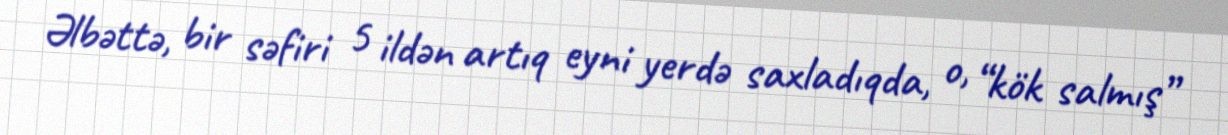
Əlbəttə, bir səfiri 5 ildən artıq eyni yerdə saxladıqda, o, “kök salmış”